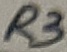
Text: R3